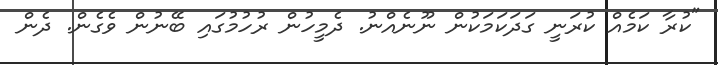
"ކުރާ ކަމެއް ކުރަނީ ގަދަކަމަކުން ނޫނެއްނު. ދެމީހުން ރުހުމުގައި ބޭނުން ވެގެން. ދެން